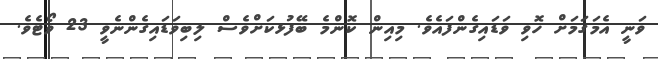
ވަނީ އެމަގަމަށް ހޮވި ވަޑައިގެންފައެވެ. މިއިން ކޮންމެ ބޭފުޅކަށްވެސް ލިބިވަޑައިގެންނެވީ 23 ވޯޓެވެ.